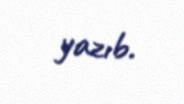
yazıb.